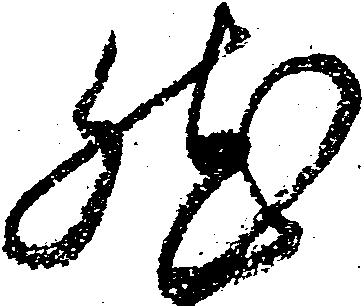
然